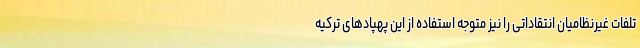
تلفات غیرنظامیان انتقاداتی را نیز متوجه استفاده از این پهپادهای ترکیه